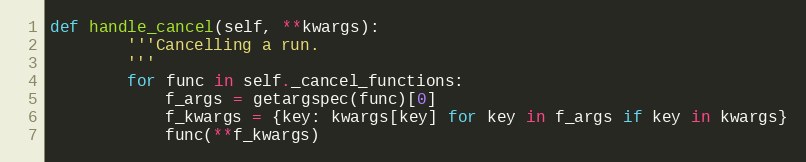
Language: Python
def handle_cancel(self, **kwargs):
        '''Cancelling a run.
        '''
        for func in self._cancel_functions:
            f_args = getargspec(func)[0]
            f_kwargs = {key: kwargs[key] for key in f_args if key in kwargs}
            func(**f_kwargs)